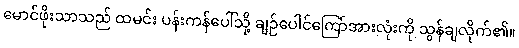
မောင်ဖိုးသာသည် ထမင်း ပန်းကန်ပေါ်သို့ ချဉ်ပေါင်ကြော်အားလုံးကို သွန်ချလိုက်၏။